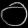
Digit: ၀